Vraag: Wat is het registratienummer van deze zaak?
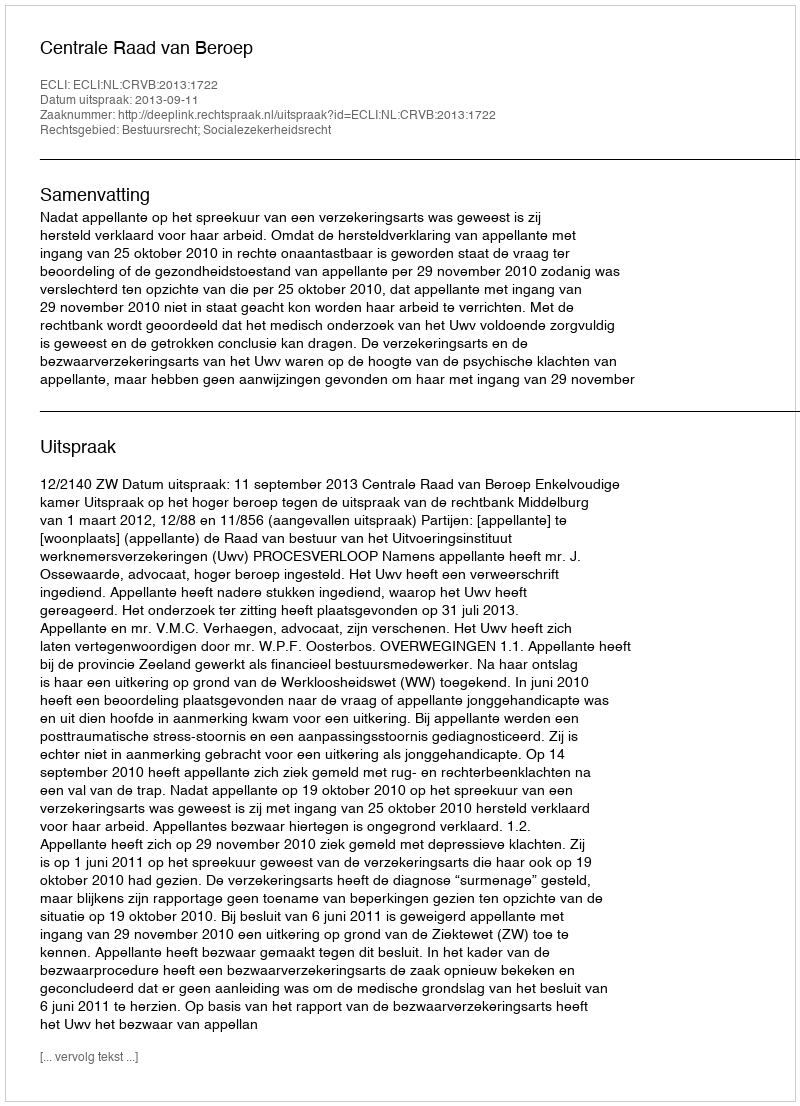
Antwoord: http://deeplink.rechtspraak.nl/uitspraak?id=ECLI:NL:CRVB:2013:1722